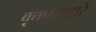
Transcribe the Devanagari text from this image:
वृत्तपत्राद्वारे